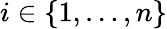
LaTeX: i\in\{ 1,\dots,n\}